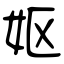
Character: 妪